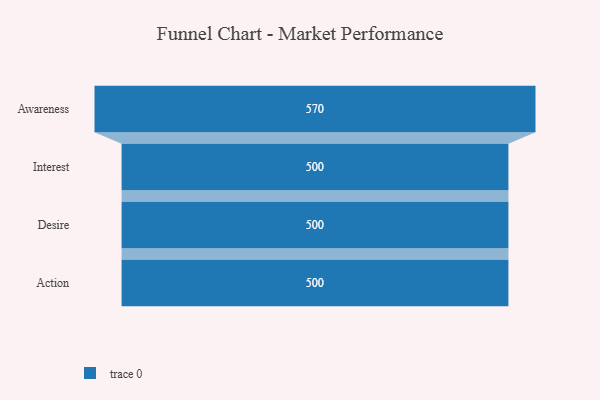
{"axis": {"x": "Stage", "y": "Value"}, "legend": [""], "data": [{"x": "Awareness", "y": 570.0, "type": ""}, {"x": "Interest", "y": 500, "type": ""}, {"x": "Desire", "y": 500, "type": ""}, {"x": "Action", "y": 500, "type": ""}]}